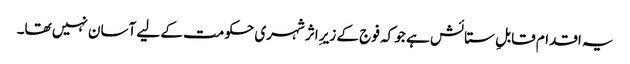
یہ اقدام قابلِ ستائش ہے جو کہ فوج کے زیرِ اثر شہری حکومت کے لیے آسان نہیں تھا۔